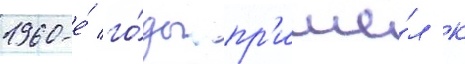
1960-е́ го́ды пр'ишё́л к